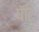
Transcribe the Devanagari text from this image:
पॅाट